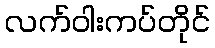
လက်ဝါးကပ်တိုင်